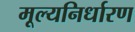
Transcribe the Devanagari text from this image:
मूल्‍यनिर्धारण